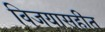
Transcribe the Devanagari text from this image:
विजयासहीत